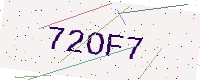
Text: 72OF7